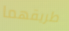
طريقهما